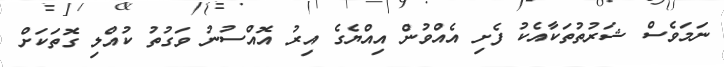
ނަމަވެސް ޝަރުތުތަކާއެކު ފެށި އެއްވުން އިއްޔެގެ އިރު އޮއްސުނު ވަގުތު ކުއްލި ގޮތަކަށް